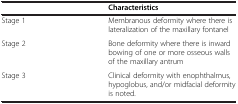
<table><thead><tr><td><b> </b></td><td><b>Characteristics</b></td></tr></thead><tbody><tr><td>Stage 1</td><td>Membranous deformity where there is lateralization of the maxillary fontanel</td></tr><tr><td>Stage 2</td><td>Bone deformity where there is inward bowing of one or more osseous walls of the maxillary antrum</td></tr><tr><td>Stage 3</td><td>Clinical deformity with enophthalmus, hypoglobus, and/or midfacial deformity is noted.</td></tr></tbody></table>